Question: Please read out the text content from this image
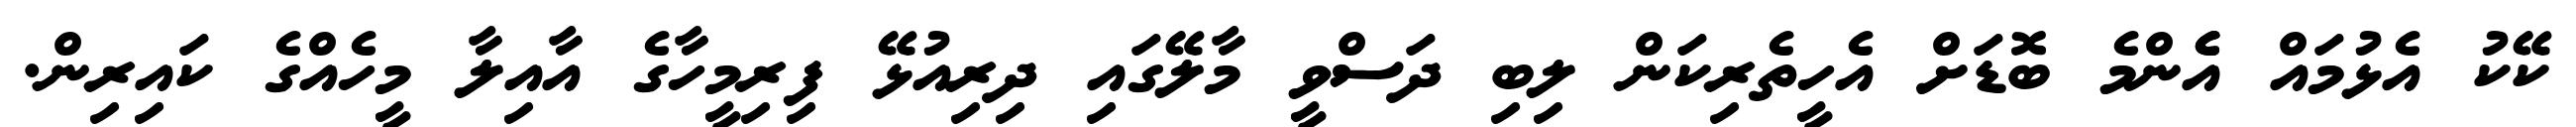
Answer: ކޭކު އެޅުމައް އެެންމެ ބޮޑަށް އެހީތެރިކަން ލިބި ދަސްވީ މާލޭގައި ދިރިއުޅޭ ފިރިމީހާގެ އާއިލާ މީހެއްގެ ކައިރިން.